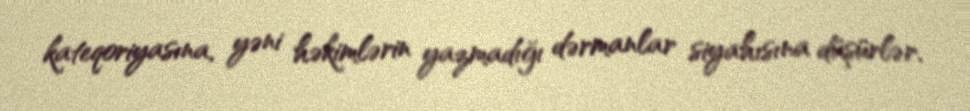
kateqoriyasına, yəni həkimlərin yazmadığı dərmanlar siyahısına düşürlər.